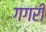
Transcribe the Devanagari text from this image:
गगरी